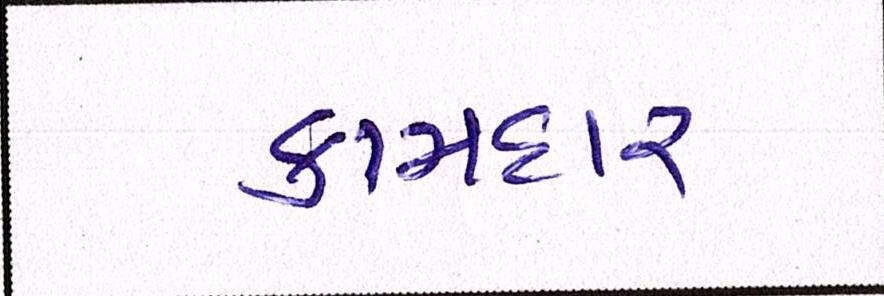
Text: કામદાર